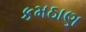
કમઠાણ